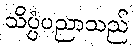
သိပ္ပံပညာသည်